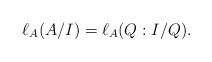
LaTeX: \begin{align*}\ell_A(A/I) = \ell_A(Q:I/Q).\end{align*}